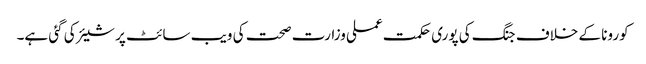
کورونا کے خلاف جنگ کی پوری حکمت عملی وزارت صحت کی ویب سائٹ پر شیئر کی گئی ہے۔